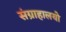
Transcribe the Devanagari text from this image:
संग्राहालयो